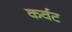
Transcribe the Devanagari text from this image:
कर्वट